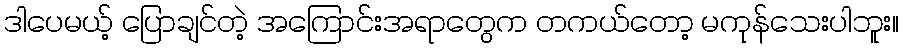
ဒါပေမယ့် ပြောချင်တဲ့ အကြောင်းအရာတွေက တကယ်တော့ မကုန်သေးပါဘူး။